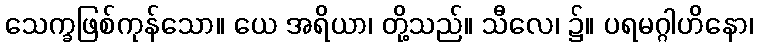
သေက္ခဖြစ်ကုန်သော။ ယေ အရိယာ၊ တို့သည်။ သီလေ၊ ၌။ ပရမဂ္ဂါဟိနော၊